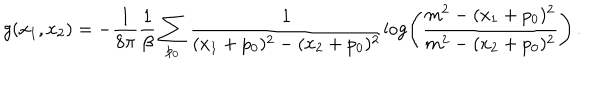
LaTeX: g ( x _ { 1 } , x _ { 2 } ) = - \frac { 1 } { 8 \pi } \frac { 1 } { \beta } \sum _ { p _ { 0 } } \frac { 1 } { ( x _ { 1 } + p _ { 0 } ) ^ { 2 } - ( x _ { 2 } + p _ { 0 } ) ^ { 2 } } \log \left( \frac { m ^ { 2 } - ( x _ { 1 } + p _ { 0 } ) ^ { 2 } } { m ^ { 2 } - ( x _ { 2 } + p _ { 0 } ) ^ { 2 } } \right) \, .